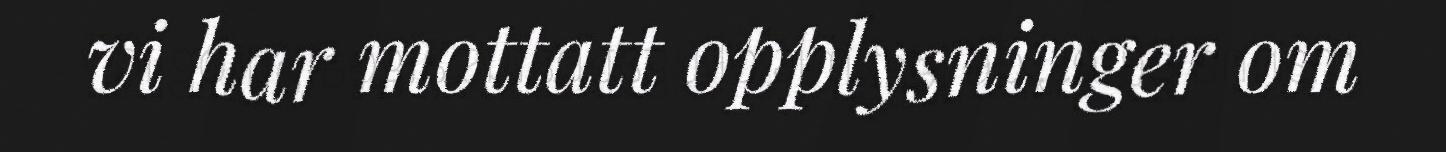
vi har mottatt opplysninger om